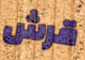
قرش